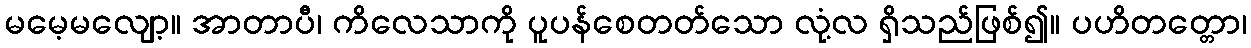
မမေ့မလျော့။ အာတာပီ၊ ကိလေသာကို ပူပန်စေတတ်သော လုံ့လ ရှိသည်ဖြစ်၍။ ပဟိတတ္တော၊